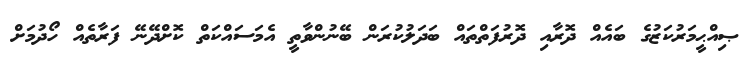
ޞިއްޙީމަރުކަޒުގެ ބައެއް ދޮރާއި ދޮރުފަތްތައް ބަދަލުކުރަން ބޭނުންވާތީ އެމަސައްކަތް ކޮށްދޭނޭ ފަރާތެއް ހޯދުމަށް